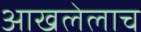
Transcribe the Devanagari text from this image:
आखलेलाच